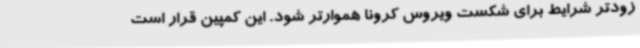
زودتر شرایط برای شکست ویروس کرونا هموارتر شود. این کمپین قرار است